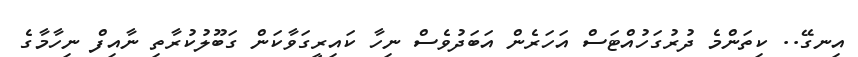
އިނގޭ.. ކިތަންމެ ދުރުގަހުއްޓަސް އަހަރެން އަބަދުވެސް ނިހާ ކައިރީގަވާކަން ގަބޫލުކުރާތި ނާއިފް ނިހާމާގެ